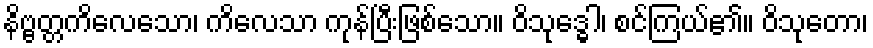
နိဗ္ဗတ္တကိလေသော၊ ကိလေသာ ကုန်ပြီးဖြစ်သော။ ဝိသုဒ္ဓေါ၊ စင်ကြယ်၏။ ဝိသုတော၊